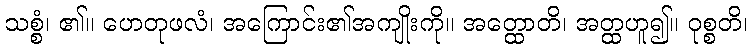
သစ္စံ၊ ၏။ ဟေတုဖလံ၊ အကြောင်း၏အကျိုးကို။ အတ္ထောတိ၊ အတ္ထဟူ၍။ ဝုစ္စတိ၊